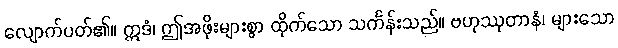
လျောက်ပတ်၏။ ဣဒံ၊ ဤအဖိုးများစွာ ထိုက်သော သင်္ကန်းသည်။ ဗဟုဿုတာနံ၊ များသော